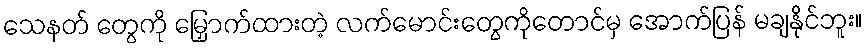
သေနတ် တွေကို မြှောက်ထားတဲ့ လက်မောင်းတွေကိုတောင်မှ အောက်ပြန် မချနိုင်ဘူး။